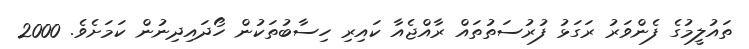
ތައުލީމުގެ ފެންވަރު ރަގަޅު ފުރުސަތުތައް ރާއްޖެއާ ކައިރި ހިސާބުތަކުން ހޯދައިދިނުން ކަމަށެވެ. 2000